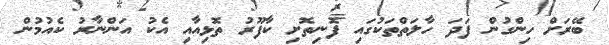
ބޭރަށް ހިންގުން ފަދަ ހާލަތްތަކުގައި ފޮނިތޮށި ކާފޫރު ތޮޅިއާއި އެކު އަންނާރު ކެއުމުން